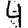
Digit: 4